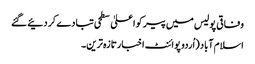
وفاقی پولیس میں پیر کو اعلیٰ سطحی تبادے کر دئیے گئے
اسلام آباد (اُردو پوائنٹ اخبارتازہ ترین۔